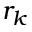
r _ { k }